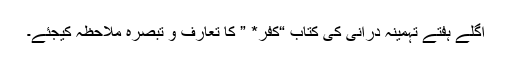
اگلے ہفتے تہمینہ درانی کی کتاب “کفر* ” کا تعارف و تبصرہ ملاحظہ کیجئے۔